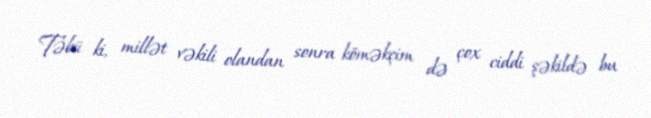
Təbii ki, millət vəkili olandan sonra köməkçim də çox ciddi şəkildə bu